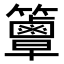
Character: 𥷦